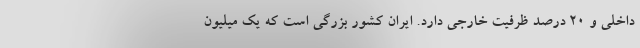
داخلی و ۲۰ درصد ظرفیت خارجی دارد. ایران کشور بزرگی است که یک میلیون